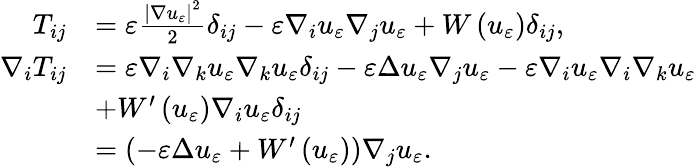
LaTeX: \begin{array}{rl}{T_{ij}}&{=\varepsilon\frac{\left|\nabla u_{\varepsilon}\right|^{2}}{2}\delta_{ij}-\varepsilon\nabla_{i}u_{\varepsilon}\nabla_{j}u_{\varepsilon}+W\left(u_{\varepsilon}\right)\delta_{ij},}\\ {\nabla_{i}T_{ij}}&{=\varepsilon\nabla_{i}\nabla_{k}u_{\varepsilon}\nabla_{k}u_{\varepsilon}\delta_{ij}-\varepsilon\Delta u_{\varepsilon}\nabla_{j}u_{\varepsilon}-\varepsilon\nabla_{i}u_{\varepsilon}\nabla_{i}\nabla_{k}u_{\varepsilon}}\\ &{+W^{\prime}\left(u_{\varepsilon}\right)\nabla_{i}u_{\varepsilon}\delta_{ij}}\\ &{=\left(-\varepsilon\Delta u_{\varepsilon}+W^{\prime}\left(u_{\varepsilon}\right)\right)\nabla_{j}u_{\varepsilon}.}\end{array}